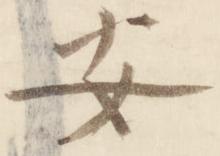
安